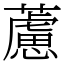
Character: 藘